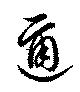
邇